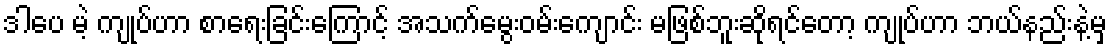
ဒါပေ မဲ့ ကျုပ်ဟာ စာရေးခြင်းကြောင့် အသက်မွေးဝမ်းကျောင်း မဖြစ်ဘူးဆိုရင်တော့ ကျုပ်ဟာ ဘယ်နည်းနဲ့မှ